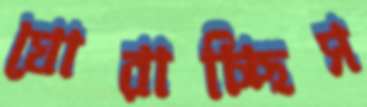
ঘোরাচ্ছিস